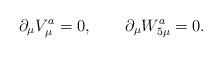
LaTeX: \begin{align*}\partial_{\mu} V_{\mu}^{a} = 0,~~~~~~ \partial_{\mu} W_{5 \mu}^{a} = 0 .\end{align*}